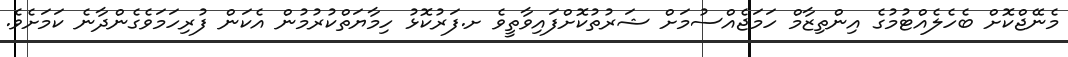
މެނޭޖްކޮށް ބެހެލެއްޓުމުގެ އިންތިޒާމް ހަމަޖެއްސުމަށް ޝަރުތުކޮށްފައިވާތީވެ ށ.ފަރުކޮޅު ހިމާޔަތްކުރުމުން އެކަން ފުރިހަމަވެގެންދާނެ ކަމަށެވެ.